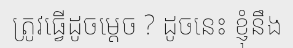
ត្រូវធ្វើដូចម្តេច ? ដូចនេះ ខ្ញុំនឹង